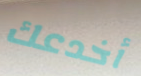
أخدعك